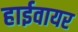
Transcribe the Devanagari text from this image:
हाईवायर